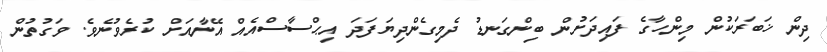
ދިން ޚަބަރަކުން މިންހާގެ ފައިދަށުން ބިންގަނޑު ދެމިގެންދިޔަފަދަ އިޙްސާސްއެއް އޭނާއަށް ކުރެވުނެވެ. ވަގުތުން